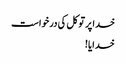
خدا پر توکل کی درخواست
خدایا!